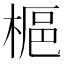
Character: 𪲲